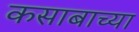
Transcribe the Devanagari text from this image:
कसाबाच्या